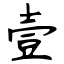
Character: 壹